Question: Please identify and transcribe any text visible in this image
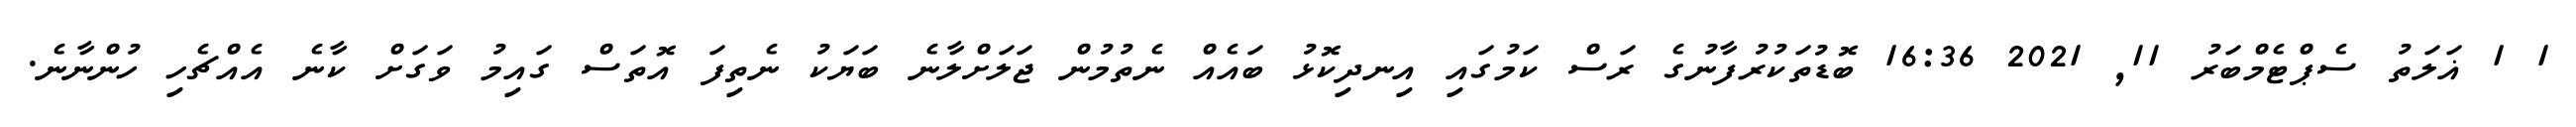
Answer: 1 1 ޣަލަތު ސެޕްޓެމްބަރު 11, 2021 16:36 ބޮޑުތަކުރުފާނުގެ ރަސް ކަމުގައި އިނދިކޮޅު ބައެއް ނެތުމުން ޖަލަށްލާނެ ބަޔަކު ނެތިފަ އޮތަސް ގައިމު ވަގަށް ކާނެ އެއްޗެހި ހުންނާނެ.